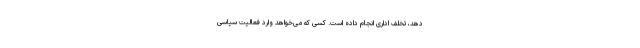
دهد، تخلف اداری انجام داده است. کسی که می‌خواهد وارد فعالیت سیاسی